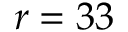
r = 3 3